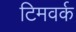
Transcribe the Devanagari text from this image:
टिमवर्क